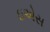
ઇએસ